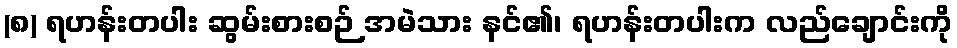
(၈) ရဟန်းတပါး ဆွမ်းစားစဉ် အမဲသား နင်၏၊ ရဟန်းတပါးက လည်ချောင်းကို